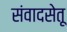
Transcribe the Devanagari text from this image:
संवादसेतू